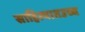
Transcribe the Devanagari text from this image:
साहित्यातउच्च